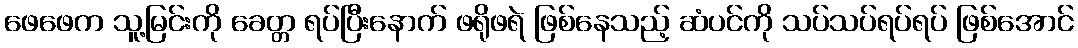
ဖေဖေက သူ့မြင်းကို ခေတ္တ ရပ်ပြီးနောက် ဖရိုဖရဲ ဖြစ်နေသည့် ဆံပင်ကို သပ်သပ်ရပ်ရပ် ဖြစ်အောင်